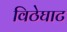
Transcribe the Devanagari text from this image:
विठेघाट